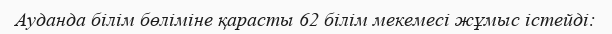
Ауданда білім бөліміне қарасты 62 білім мекемесі жұмыс істейді: